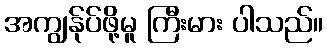
အကျွန်ုပ်ဖို့မူ ကြီးမား ပါသည်။